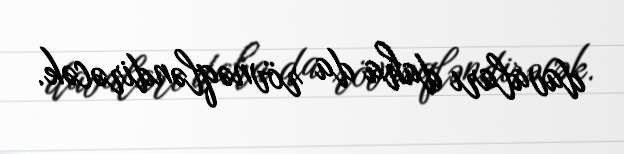
davaları daha da rövnəqləndirəcək.